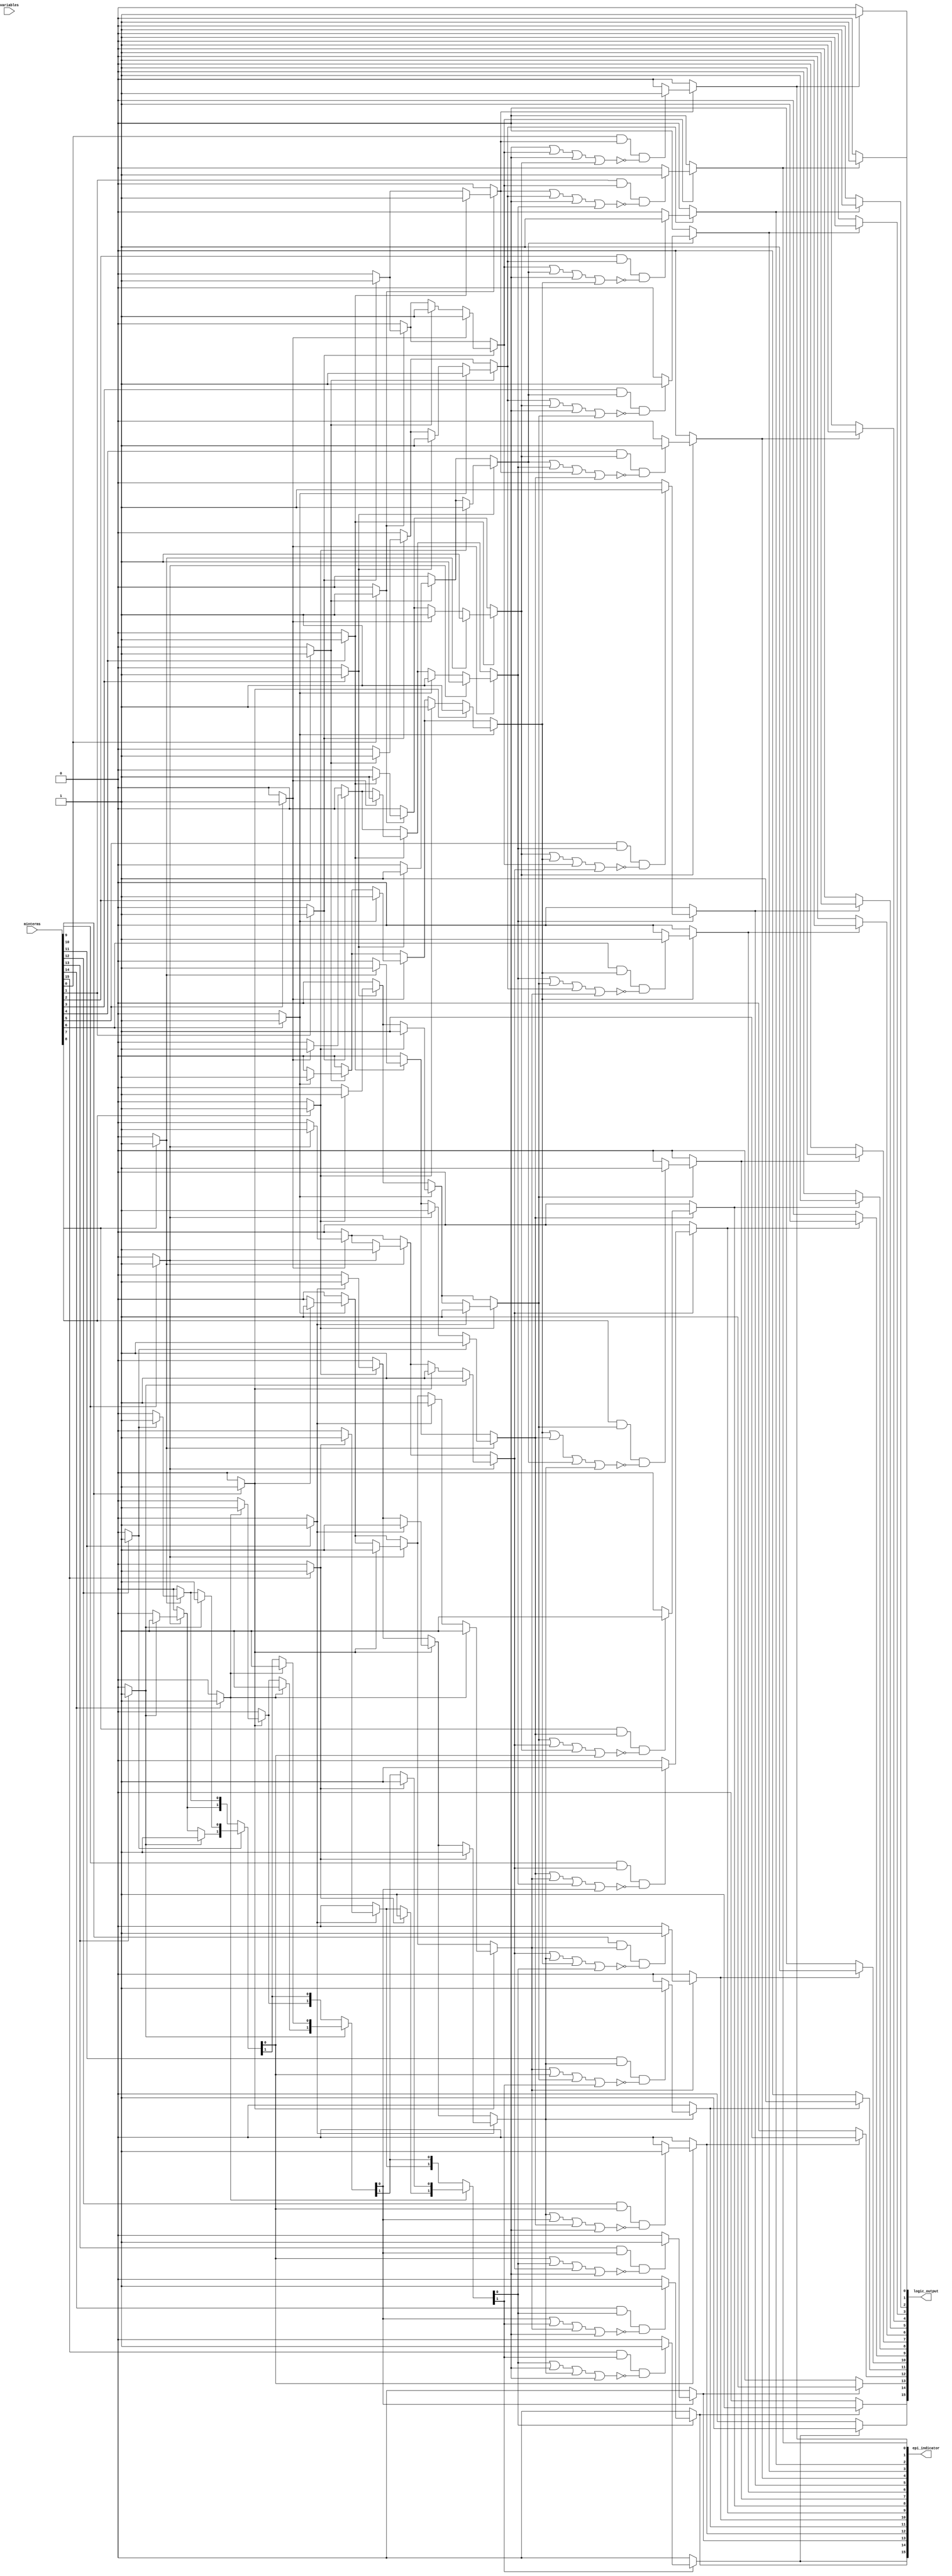
module EPI_Extractor (
    input wire [15:0] minterms, // 16-bit input for minterms (for 4 variables)
    input wire [3:0] variables,  // Number of variables (up to 4)
    output reg [15:0] logic_output, // Simplified logic expression output
    output reg [15:0] epi_indicator // EPI indicator for each minterm
);

    reg [15:0] kmap [0:3]; // K-map representation (4x4 for 4 variables)
    reg [15:0] prime_implicants; // Store prime implicants
    reg [15:0] essential_implicants; // Store essential prime implicants
    integer i, j;

    // Initialize K-map based on minterms
    always @(*) begin
        // Clear K-map
        for (i = 0; i < 4; i = i + 1) begin
            kmap[i] = 4'b0000;
        end

        // Populate K-map
        for (i = 0; i < 16; i = i + 1) begin
            if (minterms[i]) begin
                case (i)
                    0: kmap[0][0] = 1; // m0
                    1: kmap[0][1] = 1; // m1
                    2: kmap[0][2] = 1; // m2
                    3: kmap[0][3] = 1; // m3
                    4: kmap[1][0] = 1; // m4
                    5: kmap[1][1] = 1; // m5
                    6: kmap[1][2] = 1; // m6
                    7: kmap[1][3] = 1; // m7
                    8: kmap[2][0] = 1; // m8
                    9: kmap[2][1] = 1; // m9
                    10: kmap[2][2] = 1; // m10
                    11: kmap[2][3] = 1; // m11
                    12: kmap[3][0] = 1; // m12
                    13: kmap[3][1] = 1; // m13
                    14: kmap[3][2] = 1; // m14
                    15: kmap[3][3] = 1; // m15
                endcase
            end
        end
    end

    // Grouping logic to identify prime implicants
    always @(*) begin
        prime_implicants = 16'b0;
        // Check for groups of 1s in K-map
        for (i = 0; i < 4; i = i + 1) begin
            for (j = 0; j < 4; j = j + 1) begin
                if (kmap[i][j]) begin
                    // Check for adjacent cells (horizontal and vertical)
                    if (j < 3 && kmap[i][j + 1]) begin
                        prime_implicants[i * 4 + j] = 1; // Horizontal group
                        prime_implicants[i * 4 + j + 1] = 1;
                    end
                    if (i < 3 && kmap[i + 1][j]) begin
                        prime_implicants[i * 4 + j] = 1; // Vertical group
                        prime_implicants[(i + 1) * 4 + j] = 1;
                    end
                end
            end
        end
    end

    // EPI extraction logic
    always @(*) begin
        essential_implicants = 16'b0;
        epi_indicator = 16'b0;

        // Identify essential prime implicants
        for (i = 0; i < 16; i = i + 1) begin
            if (prime_implicants[i]) begin
                // Check if this prime implicant covers a minterm that no other does
                if ((minterms[i] && (prime_implicants[i] == 1)) && 
                    !(prime_implicants[i-1] || prime_implicants[i+1] || 
                      prime_implicants[i-4] || prime_implicants[i+4])) begin
                    essential_implicants[i] = 1;
                    epi_indicator[i] = 1;
                end
            end
        end
    end

    // Generate logic output based on essential prime implicants
    always @(*) begin
        logic_output = 16'b0;
        for (i = 0; i < 16; i = i + 1) begin
            if (essential_implicants[i]) begin
                logic_output[i] = 1; // Set output for essential prime implicants
            end
        end
    end

endmodule